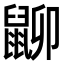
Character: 𪕋